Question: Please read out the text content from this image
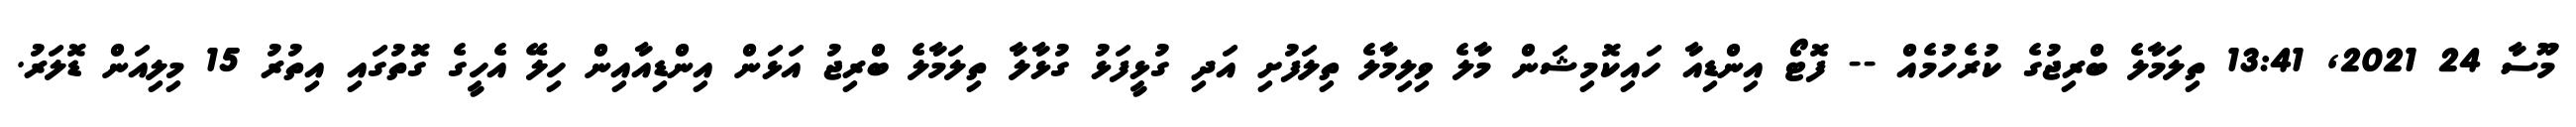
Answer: މޫސާ 24 2021, 13:41 ތިލަމާލެ ބްރިޖުގެ ކުރެހުމެއް -- ފޮޓޯ އިންޑިއާ ހައިކޮމިޝަން މާލެ ވިލިމާލެ ތިލަފުށި އަދި ގުޅީފަޅު ގުޅާލާ ތިލަމާލެ ބްރިޖު އަޅަން އިންޑިއާއިން ހިލޭ އެހީގެ ގޮތުގައި އިތުރު 15 މިލިއަން ޑޮލަރު.